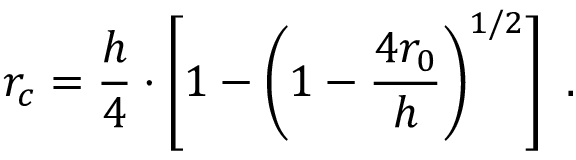
r _ { c } = \frac { h } { 4 } \cdot \left[ 1 - \left( 1 - \frac { 4 r _ { 0 } } { h } \right) ^ { 1 / 2 } \right] ~ .